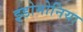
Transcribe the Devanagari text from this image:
इडोमोनिया